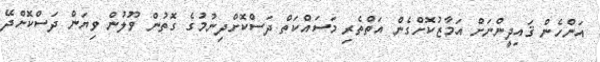
އަންހެން ޤައިދީންނަށް އަމާޒުކޮށްގެން އަތްތެރި މަސައްކަތް ދަސްކޮށްދިނުމުގެ ގޮތުން ވޫލުން ވިޔަން ދަސްކޮށްދޭ